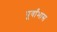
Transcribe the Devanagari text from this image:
पूर्वांभास